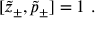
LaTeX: [ \tilde { z } _ { \pm } , \tilde { p } _ { \pm } ] = 1 ~ .